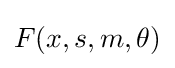
F(x,s,m,\theta )